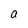
Character: a